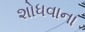
શોધવાના